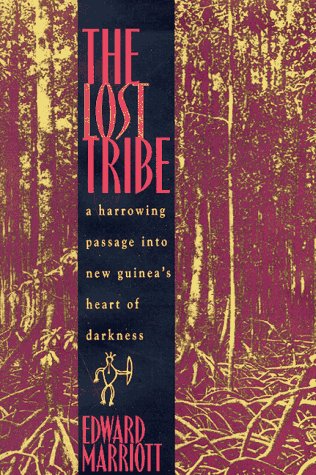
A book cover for The Lost Tribe: A Harrowing Passage into New Guinea's Heart of Darkness; Edward Marriott; History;